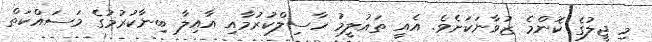
މި ޖީލުގެ ކޮންމެ ޒުވާނަކަށެވެ. އެއީ ތައުލީމު ހާސިލްކުރުމާއި އާއިލާ ބިނާކުރުމުގެ މަސައްކަތް